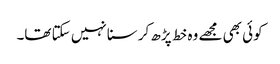
کوئی بھی مجھے وہ خط پڑھ کر سنا نہیں سکتا تھا۔